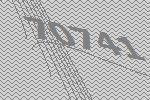
70741